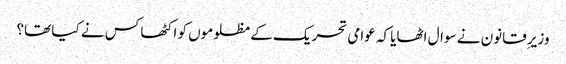
وزیرِ قانون نے سوال اٹھایا کہ عوامی تحریک کے مظلوموں کو اکٹھا کس نے کیا تھا؟